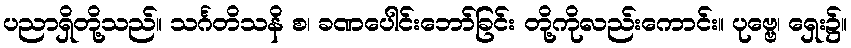
ပညာရှိတို့သည်။ သင်္ဂတိသနိ စ၊ ခဏပေါင်းဘော်ခြင်း တို့ကိုလည်းကောင်း။ ပုဗ္ဗေ၊ ရှေး၌။